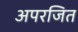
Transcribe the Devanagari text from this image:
अपरजित